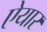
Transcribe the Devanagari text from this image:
ऐयार